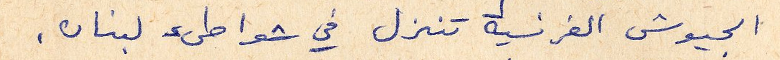
الجيوش الفرنسية تنزل في شواطئ لبنان.